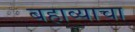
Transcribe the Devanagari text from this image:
बहाव्याचा